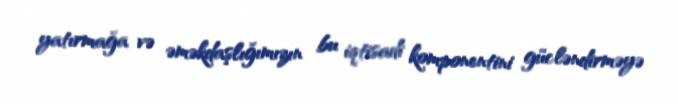
yatırmağa və əməkdaşlığımızın bu iqtisadi komponentini gücləndirməyə